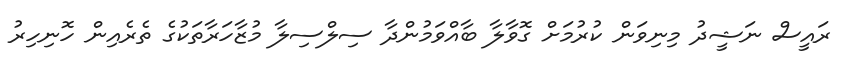
ރައީސް ނަޝީދު މިނިވަން ކުރުމަށް ގޮވާލާ ބާއްވަމުންދާ ސިލްސިލާ މުޒާހަރާތަކުގެ ތެރެއިން ހޮނިހިރު